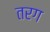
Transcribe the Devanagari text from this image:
तरग